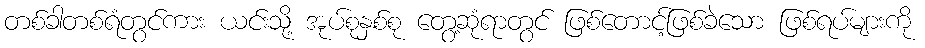
တစ်ခါတစ်ရံတွင်ကား ယင်းသို့ အုပ်စုနှစ်စု တွေ့ဆုံရာတွင် ဖြစ်တောင့်ဖြစ်ခဲသော ဖြစ်ရပ်များကို